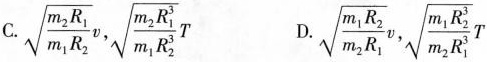
C.$$ \sqrt { \frac { m _ { 2 }R _ { 1} } { m _ { 1 } R _ { 2 } } } v , \sqrt { \frac { m _ { 2 }R _ { 1 } ^{ 3 } } { m _ { 1 } R _ {2 } ^ { 3} } } T$$ D.$$\sqrt { \frac { m _ { 1 } R _ { 2 } } { m _ { 2 } R _ { 1 } } } v ,